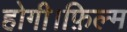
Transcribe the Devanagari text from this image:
होगी।फ़िल्म